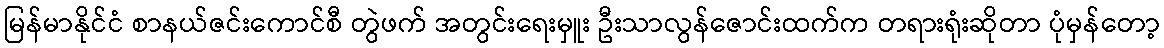
မြန်မာနိုင်ငံ စာနယ်ဇင်းကောင်စီ တွဲဖက် အတွင်းရေးမှူး ဦးသာလွန်ဇောင်းထက်က တရားရုံးဆိုတာ ပုံမှန်တော့